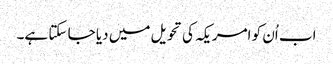
اب اُن کو امریکہ کی تحویل میں دیا جا سکتا ہے۔